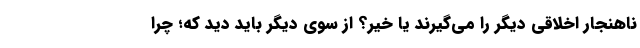
ناهنجار اخلاقی دیگر را می‌گیرند یا خیر؟ از سوی دیگر باید دید که؛ چرا